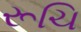
રૂચિ